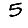
Digit: 5